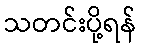
သတင်းပို့ရန်